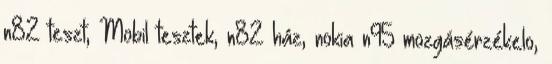
n82 teszt, Mobil tesztek, n82 ház, nokia n95 mozgásérzékelo,